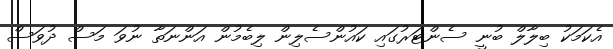
އެކަމަކު ބިލާލް ބުނީ ސެންޓަރުގައި ކައުންސެލިން ލިބެމުން އަންނަތާ ނުވަ މަސް ދުވަސް